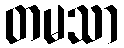
တမသာ